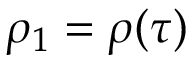
\rho _ { 1 } = \rho ( \tau )